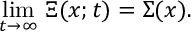
\operatorname * { l i m } _ { t \rightarrow \infty } \, \Xi ( x ; t ) = \Sigma ( x ) .